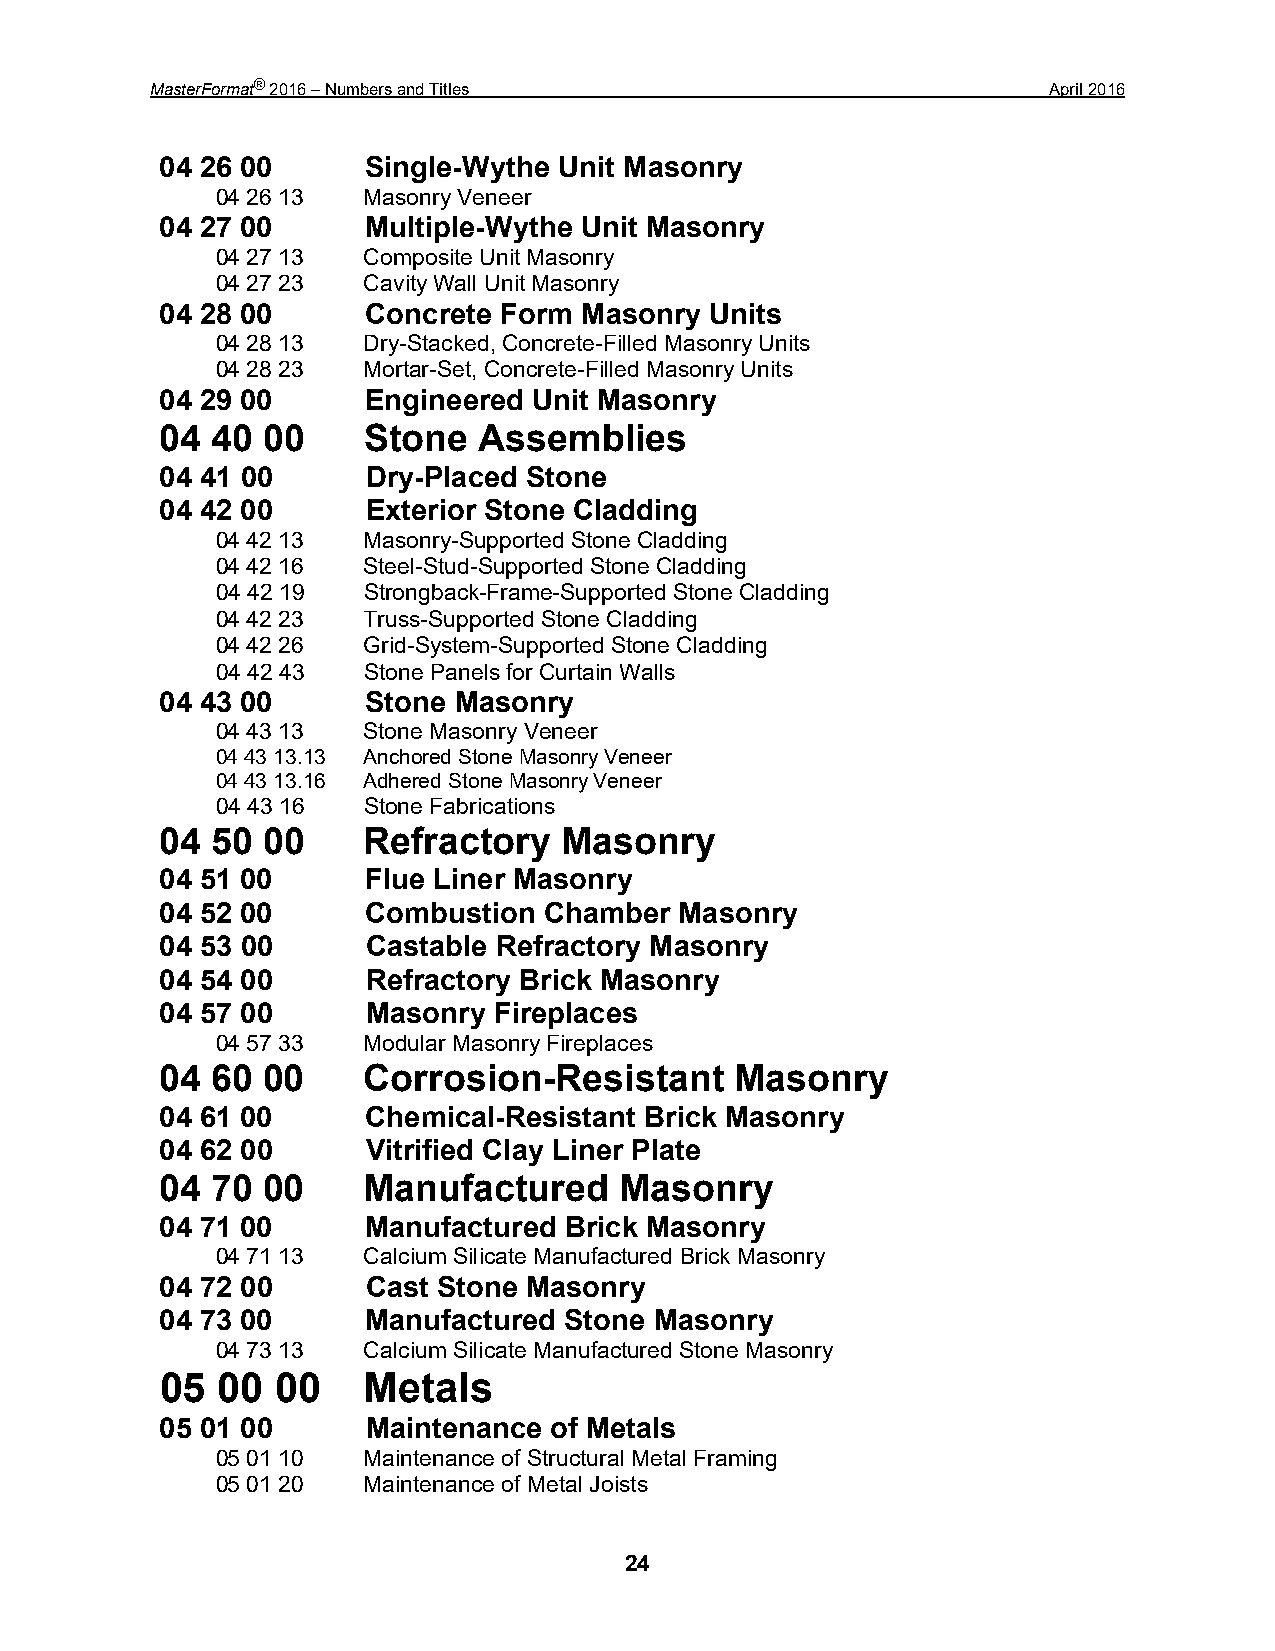
MasterFormat® 2016 – Numbers and Titles                     April 2016
 04 26 00     Single-Wythe Unit Masonry
 04 26 13  Masonry Veneer
 04 27 00     Multiple-Wythe Unit Masonry
 04 27 13  Composite Unit Masonry
 04 27 23  Cavity Wall Unit Masonry
 04 28 00     Concrete Form Masonry  Units
 04 28 13  Dry-Stacked, Concrete-Filled Masonry Units
 04 28 23  Mortar-Set, Concrete-Filled Masonry Units
 04 29 00     Engineered Unit Masonry
 04 40 00     Stone   Assemblies
 04 41 00     Dry-Placed Stone
 04 42 00     Exterior Stone Cladding
 04 42 13  Masonry-Supported Stone Cladding
 04 42 16  Steel-Stud-Supported Stone Cladding
 04 42 19  Strongback-Frame-Supported Stone Cladding
 04 42 23  Truss-Supported Stone Cladding
 04 42 26  Grid-System-Supported Stone Cladding
 04 42 43  Stone Panels for Curtain Walls
 04 43 00     Stone Masonry
 04 43 13  Stone Masonry Veneer
 04 43 13.13 Anchored Stone Masonry Veneer
 04 43 13.16 Adhered Stone Masonry Veneer
 04 43 16  Stone Fabrications
 04 50 00     Refractory   Masonry
 04 51 00     Flue Liner Masonry
 04 52 00     Combustion  Chamber  Masonry
 04 53 00     Castable Refractory Masonry
 04 54 00     Refractory Brick Masonry
 04 57 00     Masonry  Fireplaces
 04 57 33  Modular Masonry Fireplaces
 04 60 00     Corrosion-Resistant      Masonry
 04 61 00     Chemical-Resistant Brick Masonry
 04 62 00     Vitrified Clay Liner Plate
 04 70 00     Manufactured     Masonry
 04 71 00     Manufactured Brick Masonry
 04 71 13  Calcium Silicate Manufactured Brick Masonry
 04 72 00     Cast Stone Masonry
 04 73 00     Manufactured Stone Masonry
 04 73 13  Calcium Silicate Manufactured Stone Masonry
 05 00  00    Metals
 05 01 00     Maintenance of Metals
 05 01 10  Maintenance of Structural Metal Framing
 05 01 20  Maintenance of Metal Joists
 24